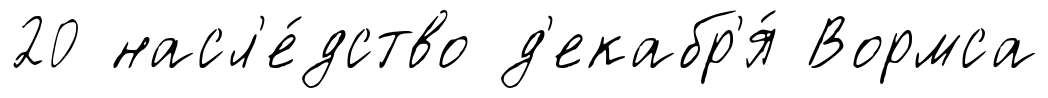
20 насл'е́дство д'екабр'я́ Вормса